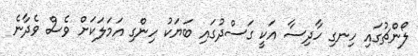
ލޯންޗުގައި ހިނގި ހާދިސާ އަކީ ގަސްދުގައި ބަޔަކު ހިންގި އަމަލަކަށް ވެސް ވެދާނެ